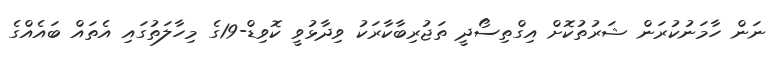
ނަން ހާމަނުކުރަން ޝަރުތުކޮށް އިގްތިސޯދީ ތަޖުރިބާކާރަކު ވިދާޅުވީ ކޮވިޑް-19ގެ މިހާލަތުގައި އެތައް ބައެއްގެ